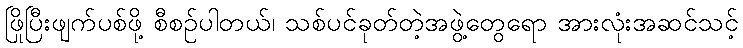
ဖြိုပြီးဖျက်ပစ်ဖို့ စီစဉ်ပါတယ်၊ သစ်ပင်ခုတ်တဲ့အဖွဲ့တွေရော အားလုံးအဆင်သင့်